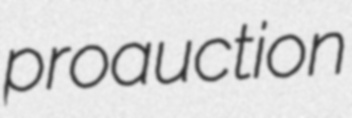
proauction